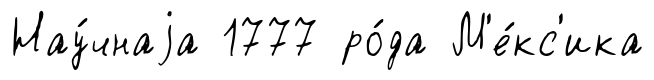
Нау́чнаjа 1777 ро́да М'е́кс'ика